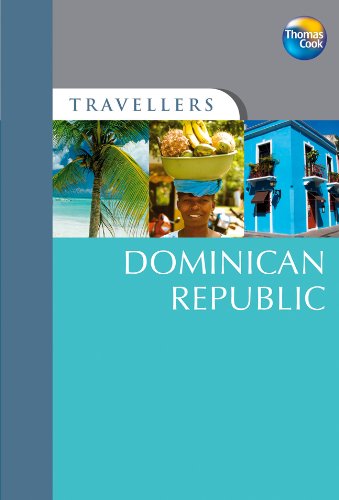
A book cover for Travellers Dominican Republic, 3rd (Travellers - Thomas Cook); Thomas Cook Publishing; Travel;